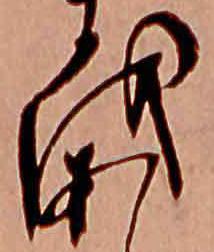
を